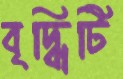
বৃদ্ধিটি